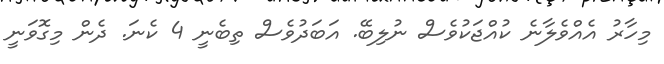
މިހާރު އެއްވެލާނެ ކުއްޖަކުވެސް ނުލިބޭ. އަބަދުވެސް ތިބެނީ 4 ކެނަ. ދެން މިގޮވަނީ